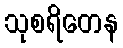
သုစရိတေန